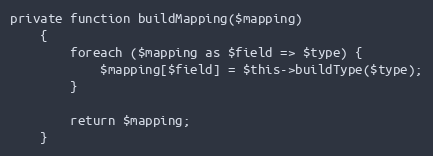
Language: PHP
private function buildMapping($mapping)
    {
        foreach ($mapping as $field => $type) {
            $mapping[$field] = $this->buildType($type);
        }

        return $mapping;
    }